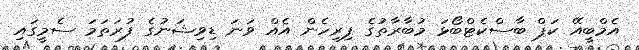
އެމްބީއޭ ކަޕް ބާސްކެޓްބޯޅަ މުބާރާތުގެ ފިރިހެން އެއް ވަނަ ޑިވިޝަނުގެ ފުރަތަމަ ސެމީގައި